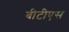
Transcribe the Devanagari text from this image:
बीटीएस